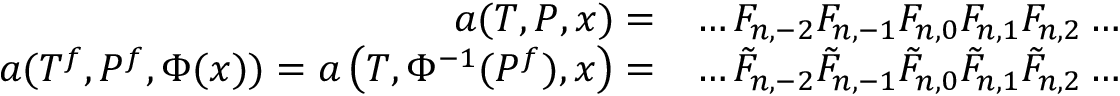
\begin{array} { r l } { a ( T , P , x ) = } & { \dots F _ { n , - 2 } F _ { n , - 1 } F _ { n , 0 } F _ { n , 1 } F _ { n , 2 } \dots } \\ { a ( T ^ { f } , P ^ { f } , \Phi ( x ) ) = a \left( T , \Phi ^ { - 1 } ( P ^ { f } ) , x \right) = } & { \dots \tilde { F } _ { n , - 2 } \tilde { F } _ { n , - 1 } \tilde { F } _ { n , 0 } \tilde { F } _ { n , 1 } \tilde { F } _ { n , 2 } \dots } \end{array}